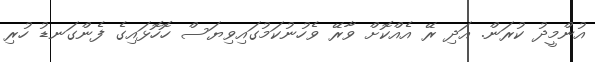
އުންމީދު ކުރަން. އަދި ރޭ އެއްކޮށް ވާރޭ ވެހުނުކަމުގައިވިޔަސް ހޮހޮޅައިގެ ފެންގަނޑު ހުރި